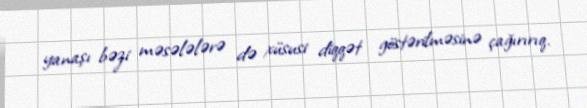
yanaşı bəzi məsələlərə də xüsusi diqqət göstərilməsinə çağırırıq.